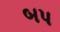
બપ